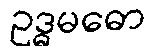
ဥဒ္ဓမဓော